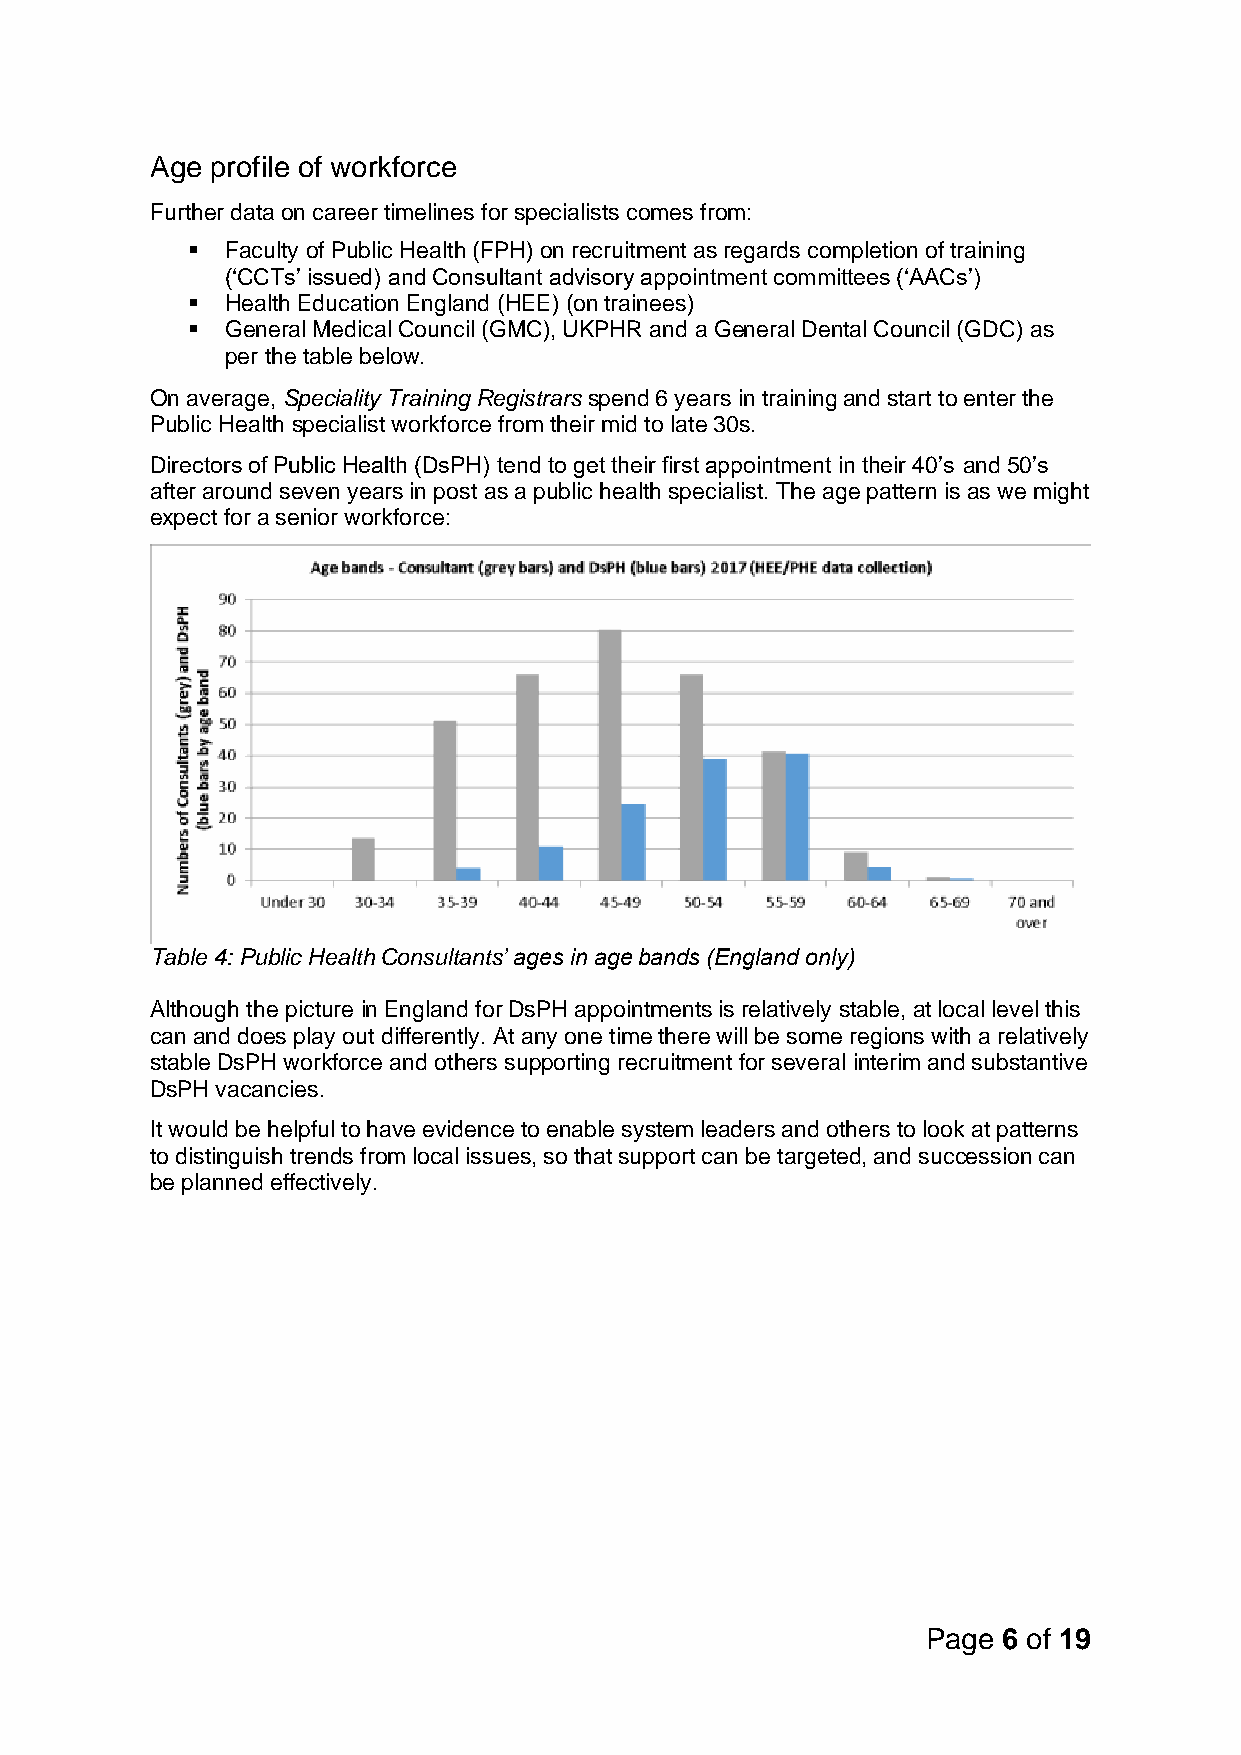
Age profile of workforce
 Further data on career timelines for specialists comes from:
 ▪  Faculty of Public Health (FPH) on recruitment as regards completion of training
 (‘CCTs’ issued) and Consultant advisory appointment committees (‘AACs’)
 ▪  Health Education England (HEE) (on trainees)
 ▪  General Medical Council (GMC), UKPHR and a General Dental Council (GDC) as
 per the table below.
 On average, Speciality Training Registrars spend 6 years in training and start to enter the
 Public Health specialist workforce from their mid to late 30s.
 Directors of Public Health (DsPH) tend to get their first appointment in their 40’s and 50’s
 after around seven years in post as a public health specialist. The age pattern is as we might
 expect for a senior workforce:
 Table 4: Public Health Consultants’ ages in age bands (England only)
 Although the picture in England for DsPH appointments is relatively stable, at local level this
 can and does play out differently. At any one time there will be some regions with a relatively
 stable DsPH workforce and others supporting recruitment for several interim and substantive
 DsPH vacancies.
 It would be helpful to have evidence to enable system leaders and others to look at patterns
 to distinguish trends from local issues, so that support can be targeted, and succession can
 be planned effectively.
 Page 6 of 19